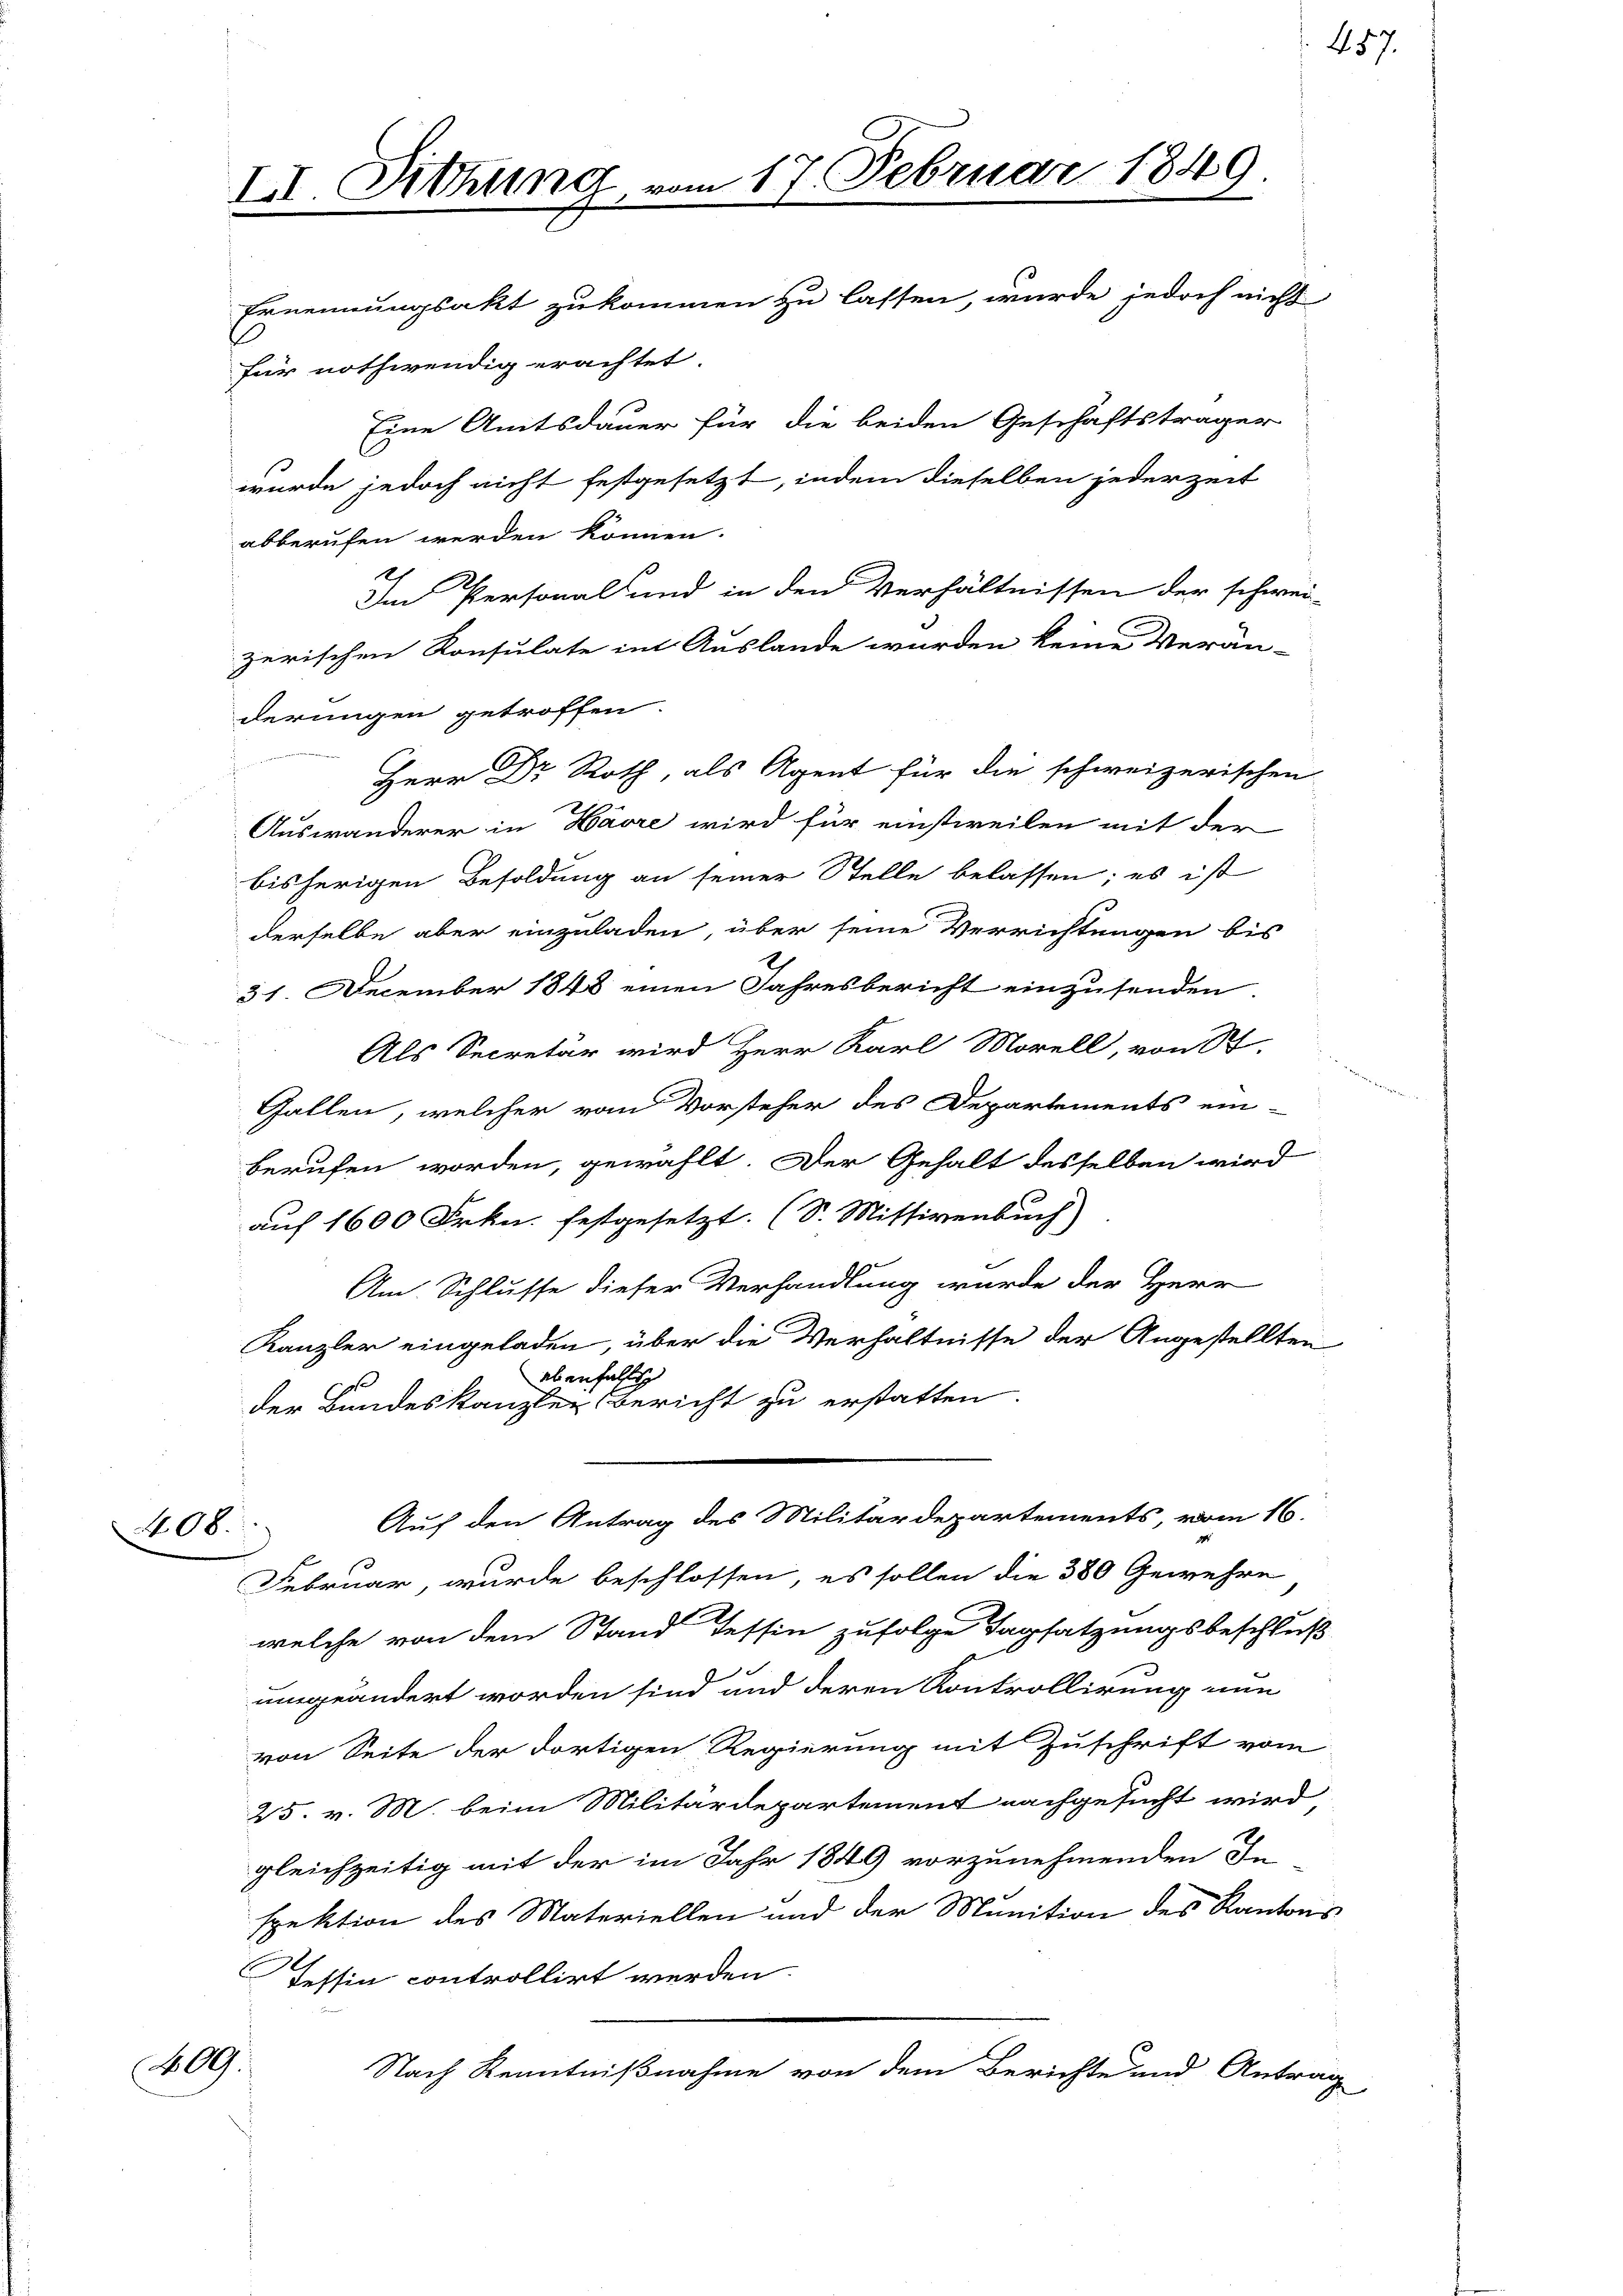
408.

409.

III. Sitzung,

für nothwendig erachtet.

Eine Amtsdauer für die beiden Geschäftsträger
wurde jedoch nicht festgesetzt, indem dieselben jederzeit
abberufen werden können.
Im Personals und in den Verhältnissen der schwei-
zerischen Konsulate in Auslande wurden keine Verän-
derungen getroffen.
Herr Dr Roth, als Agent für die schweizerischen
Auswanderer in Havre wird für einstweilen mit der
bisherigen Besoldung an seiner Stelle belassen; es ist
derselbe aber einzuladen, über seine Verrichtungen bis
31. December 1848 einen Jahresbericht einzusenden.
Als Secretär wird Herr Karl Morell, von St.
Gallen, welcher vom Vorsteher des Departements ein-
berufen worden, gewählt. Der Gehalt desselben wird
auf 1600 Frkn. festgesetzt. (S. Missivenbuch)
Am Schlusse dieser Verhandlung wurde der Herr
Kanzler eingeladen, über die Verhältnisse der Angestellten
ebenfalls
der Bundeskanzler Bericht zu erstatten.
Auf den Antrag des Militärdepartements, vom 16.
Februar, wurde beschlossen, es sollen die 380 Gewehre
2.
welche von dem Stand dessin zufolge Tagsatzungsbeschlus
umgeändert worden sind und deren Kontrollirung nun
von Seite der dortigen Regierung mit Zuschrift vom
25. v. M. beim Militärdepartement nachgesucht wird
gleichzeitig mit der im Jahr 1849 vorzunehmenden In
spektion des Materiellen und der Munition des Kanton
Tessia controllirt werden
Nach Kenntnißnahme von dem Berichte und Antrag

n 17. Februar 1849.
Ernennungsakt zukommen zu lassen, wurde jedoch nicht

457.

d

s